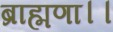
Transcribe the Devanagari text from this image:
ब्राह्मणा।।